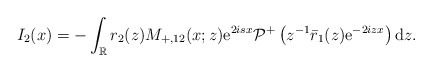
\begin{align*}I_2(x)=-\int_{\mathbb{R}} r_2(z) M_{+,12}(x;z) \mathrm{e}^{2isx} \mathcal{P}^+\left(z^{-1}\bar{r}_1(z) \mathrm{e}^{-2izx}\right) \mathrm{d}z.\end{align*}